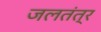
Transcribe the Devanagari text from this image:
जलतंत्र